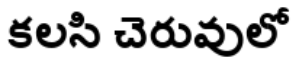
కలసి చెరువులో